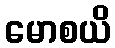
မောစယိ